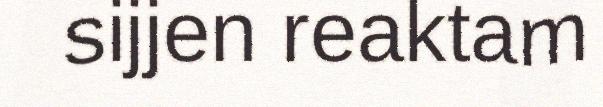
sijjen reaktam